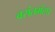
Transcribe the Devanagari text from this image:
वसंतमंटप